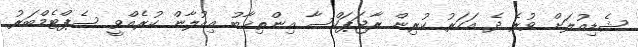
ޝެޑިއުލަށް ވުރެ ދެ އަހަރު ކުރިން ރާޖަޕަކްސާ އިންތިޚާބު އިއުލާން ކުރެއްވީ ސެޕްޓެމްބަރު